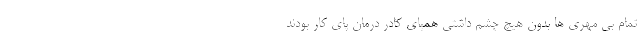
تمام بی مهری ها بدون هیچ چشم داشتی همپای کادر درمان پای کار بودند